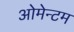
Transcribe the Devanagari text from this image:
ओमेन्टम